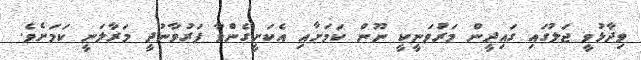
ވިދާޅުވީ ޖަލުގައި ގައިދީން މަރުވަނީކީ ނޫން ކަމަށާއި އެކަށީގެންވާ ފަރުވާނުދީ މަރާލަނީ ކަމަށެވެ.